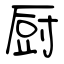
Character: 厨